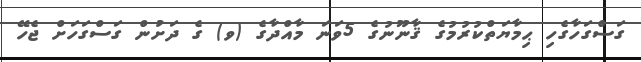
ގަސްގަހާގެހި ޙިމާޔަތްކުރުމުގެ ޤާނޫނުގެ 5ވަނަ މާއްދާގެ (ވ) ގެ ދަށުން ގަސްގަހަށް ޖެހޭ